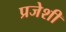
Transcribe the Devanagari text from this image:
प्रजेशी